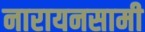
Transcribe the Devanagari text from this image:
नारायनसामी